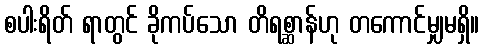
စပါးရိတ် ရာတွင် ခိုကပ်သော တိရစ္ဆာန်ဟု တကောင်မျှမရှိ။